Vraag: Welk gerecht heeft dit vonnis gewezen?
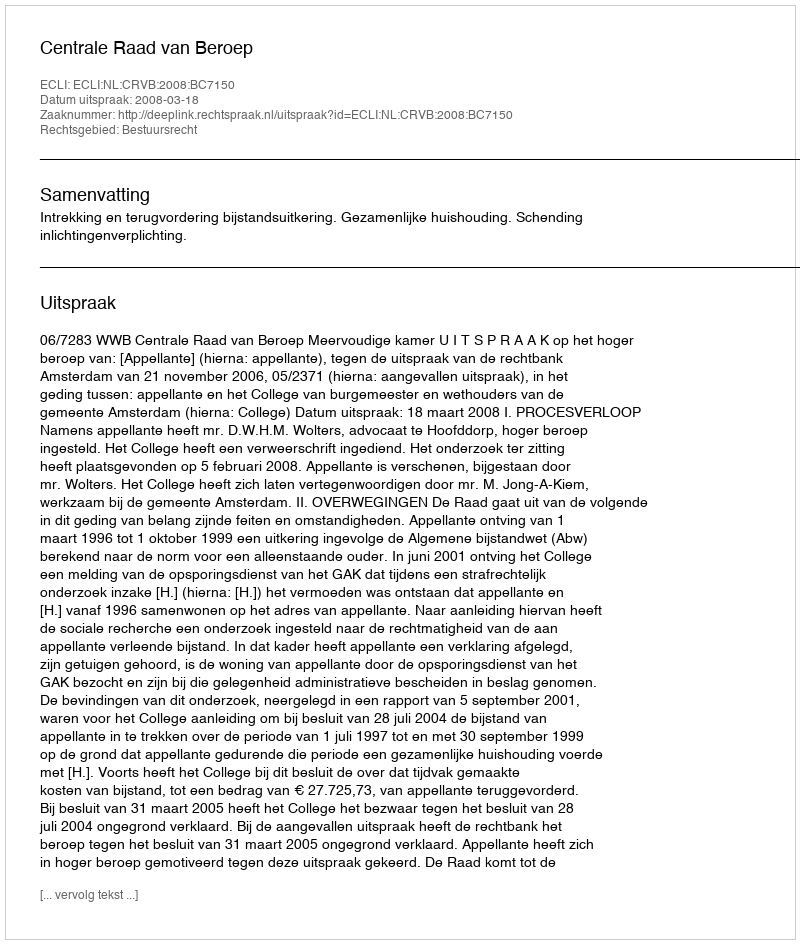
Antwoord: Centrale Raad van Beroep